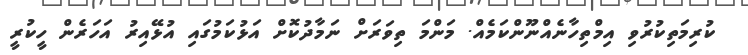
ކުރިމަތިކުރުވި އިމްތިހާނެއްނޫންކަމެއް. މަންމަ ތިވަރަށް ނަމާދުކޮށް އަޅުކަމުގައި އުޅޭއިރު އަހަރެން ހީކުރީ